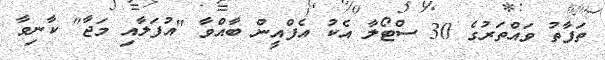
ތަފާތު ވައްތަރުގެ 30 ސްޓޯލާ އެކު އެފްއީން ބާއްވާ "އުފަލާއި މަޖާ" ކާނިވާ